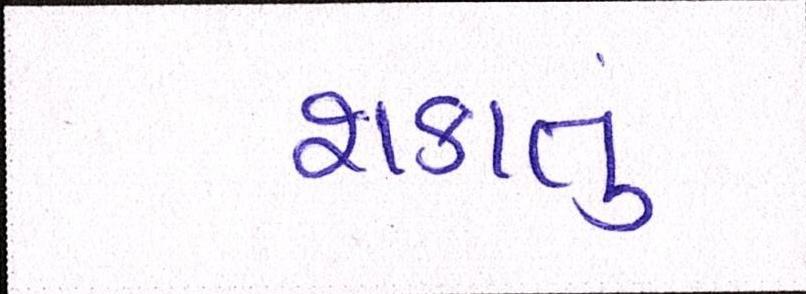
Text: શકાતું